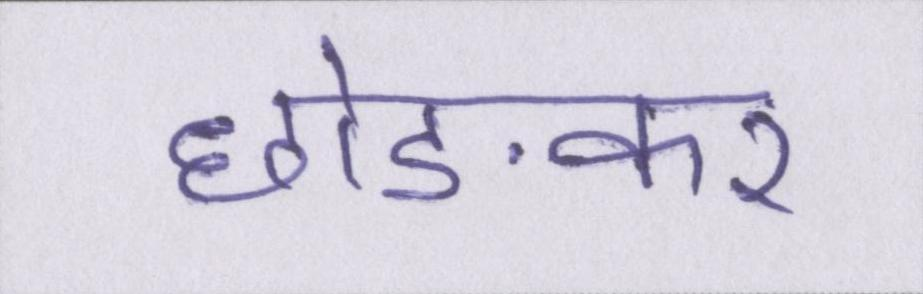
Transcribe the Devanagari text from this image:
छोङकर